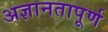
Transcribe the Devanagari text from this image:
अज्ञानतापूर्ण